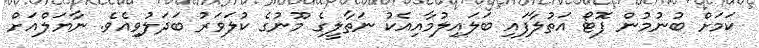
ކަމަށް ބުނުމުން ފޮޓޯ އަތުލާފައި ބަލައިލުމާއިއެކު ނަތާލީގެ މޫނުގެ ކުލަވަރު ބަދަލުވިއެވެ. ނާޔަލްއަށް